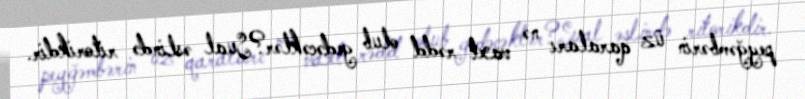
peyğəmbərin üz qaraları nə vaxt rədd olub gedəcəklər?Sual əslində ritorikdir.